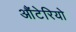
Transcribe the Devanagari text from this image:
औंटेरियो